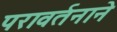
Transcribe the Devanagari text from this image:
परावर्तनाने